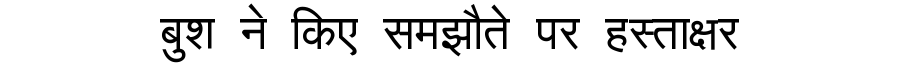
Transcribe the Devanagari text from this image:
बुश ने किए समझौते पर हस्ताक्षर